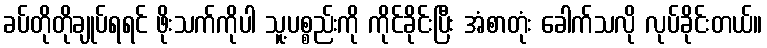
ခပ်တိုတိုချုပ်ရရင် ဖိုးသက်ကိုပါ သူ့ပစ္စည်းကို ကိုင်ခိုင်းပြီး အံစာတုံး ခေါက်သလို လုပ်ခိုင်းတယ်။